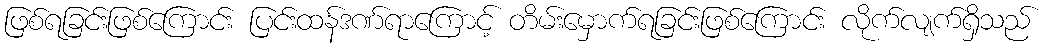
ဖြစ်ရခြင်းဖြစ်ကြောင်း ပြင်းထန်ဒဏ်ရာကြောင့် တိမ်းမှောက်ရခြင်းဖြစ်ကြောင်း လိုက်လျက်ရှိသည်